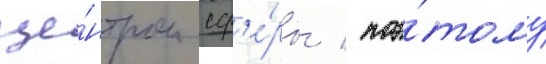
це́нтром сф'е́ры / поэ́тому